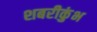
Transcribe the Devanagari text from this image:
शबरीकुंभ